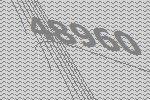
48960